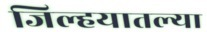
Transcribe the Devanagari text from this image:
जिल्हयातल्या